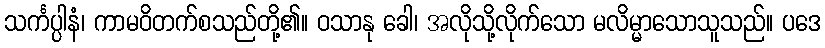
သင်္ကပ္ပါနံ၊ ကာမဝိတက်စသည်တို့၏။ ဝသာနု ခေါ၊ အလိုသို့လိုက်သော မလိမ္မာသောသူသည်။ ပဒေ